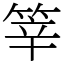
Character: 𥭴